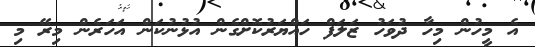
އެ މީހުން މިހާ ދުވަހު ޒަލަފް ހައްޔަރުކޮށްގެން އުޅުނުކަން އަހަރެން މިރޭ މި